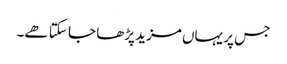
جس پر یہاں مزید پڑھا جا سکتا ھے۔